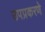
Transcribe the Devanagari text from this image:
उपप्रकरणे